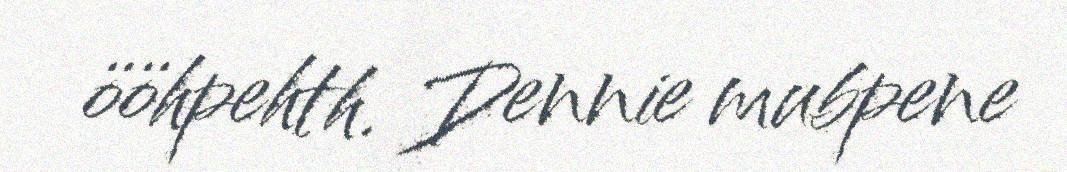
ööhpehth. Dennie mubpene